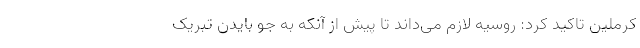
کرملین تاکید کرد: روسیه لازم می‌داند تا پیش از آنکه به جو بایدن تبریک